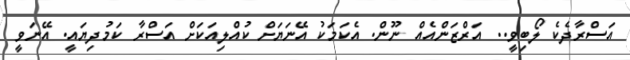
އަސްރާދެކެ ލޯބިވީ.. އަރްޒަންއެއް ނޫން. އެކަމަކު އޭނަޔަށް ކުއްލިއަކަށް އަސްރާ ކަމުދިޔައީ. އޭނަވީ